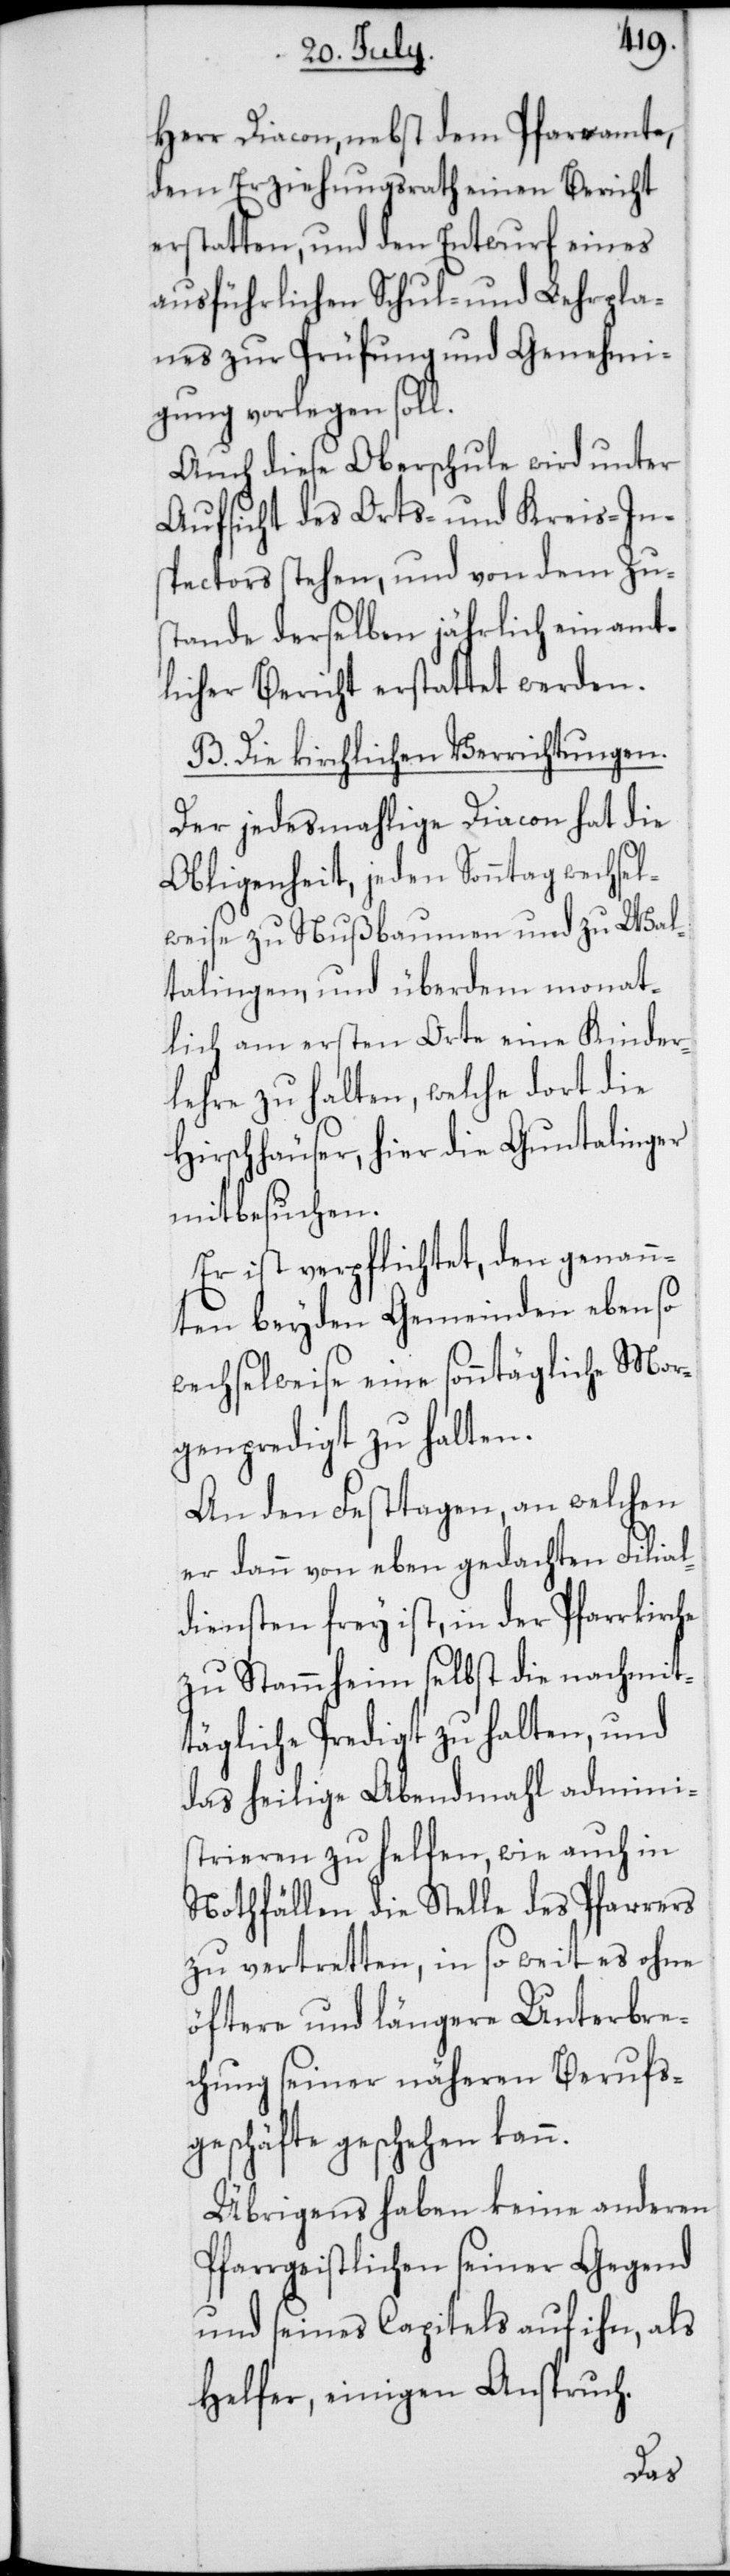
Herr Diacon, nebst dem Pfarramte,
dem Erziehungsrath einen Bericht
erstatten, und den Entwurf eines
ausführlichen Schul- und Lehrpla¬
nes zur Prüfung und Genehmi¬
gung vorlegen soll.
Auch diese Oberschule wird unter
Aufsicht des Orts- und Kreis-In¬
spectors stehen, und von dem Zu¬
stande derselben jährlich ein amt¬
licher Bericht erstattet werden.
B. Die kirchlichen Verrichtungen.
Der jedesmahlige Diacon hat die
Obligenheit, jeden Sonntag wechsel¬
weise zu Nußbaumen und zu Wal¬
talingen, und überdem monat¬
lich am ersten Orte eine Kinder¬
lehre zu halten, welche dort die
Hirschhäuser, hier die Guntalinger
mitbesuchen.
Er ist verpflichtet, den genann¬
ten beyden Gemeinden ebenso
wechselweise eine sonntägliche Mor¬
genpredigt zu halten.
er
An den Festtagen, an
er dann von eben gedachten
Filia¬
ldiensten frey ist, in d¬
zu Stammheim selbst die nachmit¬
tägliche Predigt zu halten, und
das heilige Abendmahl admini¬
strieren zu helfen, wie auch in
Nothfällen die Stelle des Pfarrers
zu vertretten, in so weit es ohne
öftere und längere Unterbre¬
chung seiner näheren Berufs¬
geschäfte geschehen kann.
Übrigens haben keine anderen
Pfarrgeistlichen seiner Gegend
und seines Capitels auf ihn als
Helfer, einigen Anspruch.